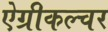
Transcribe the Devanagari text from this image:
ऐग्रीकल्चर